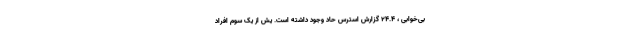
بی‌خوابی ، ۲۴.۴ گزارش استرس حاد وجود داشته است. یش از یک سوم افراد